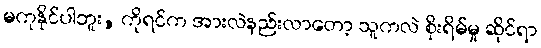
မကုနိုင်ပါဘူး, ကိုရင်က အားလဲနည်းလာတော့ သူကလဲ စိုးရိမ်မှု ဆိုင်ရာ